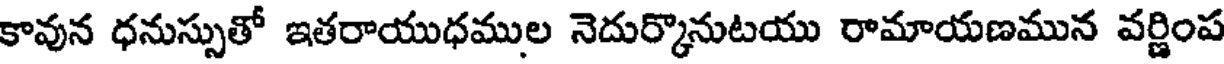
కావున ధనుస్సుతో ఇతరాయుధముల నెదుర్కొనుటయు రామాయణమున వర్ణింప